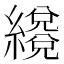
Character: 𦆳